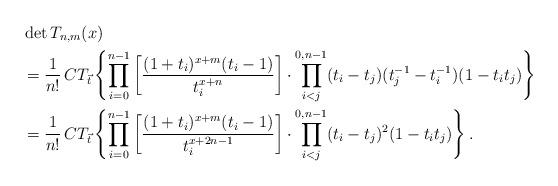
LaTeX: \begin{align*}&\det T_{n,m}(x) \\&=\frac1{n!}\, CT_{\vec{t}} \left\{\prod_{i=0}^{n-1}\left[ \frac{(1+t_i)^{x+m}(t_i-1)}{t_i^{x+n}}\right] \cdot\prod_{i<j}^{0,n-1}(t_i-t_j)(t_j^{-1}-t_i^{-1})(1-t_it_j)\right\} \\&=\frac1{n!}\,CT_{\vec{t}} \left\{\prod_{i=0}^{n-1}\left[ \frac{(1+t_i)^{x+m}(t_i-1)}{t_i^{x+2n-1}}\right] \cdot\prod_{i<j}^{0,n-1}(t_i-t_j)^2(1-t_it_j)\right\}.\end{align*}